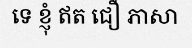
ទេ ខ្ញុំ ឥត ជឿ ភាសា